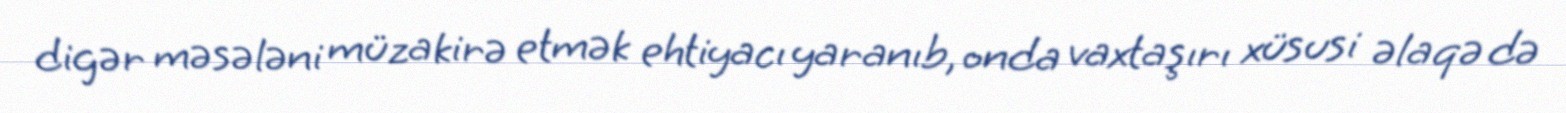
digər məsələni müzakirə etmək ehtiyacı yaranıb, onda vaxtaşırı xüsusi əlaqə də